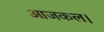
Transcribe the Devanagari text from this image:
आजकल।